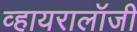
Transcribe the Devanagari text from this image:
व्हायरालॉजी